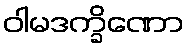
ဝါမဒက္ခိဏော